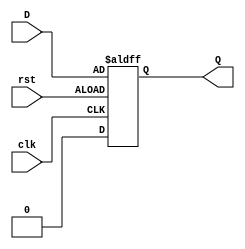
module d_flip_flop (
    input wire clk, // clock signal
    input wire rst, // reset signal
    input wire D,   // data input
    output reg Q    // data output
);

always @(posedge clk or negedge rst)
begin
    if (rst)
        Q <= 1'b0;  // reset to 0
    else
        Q <= D;     // store data on clock edge
end

endmodule